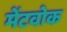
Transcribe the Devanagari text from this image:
मेंटवोक